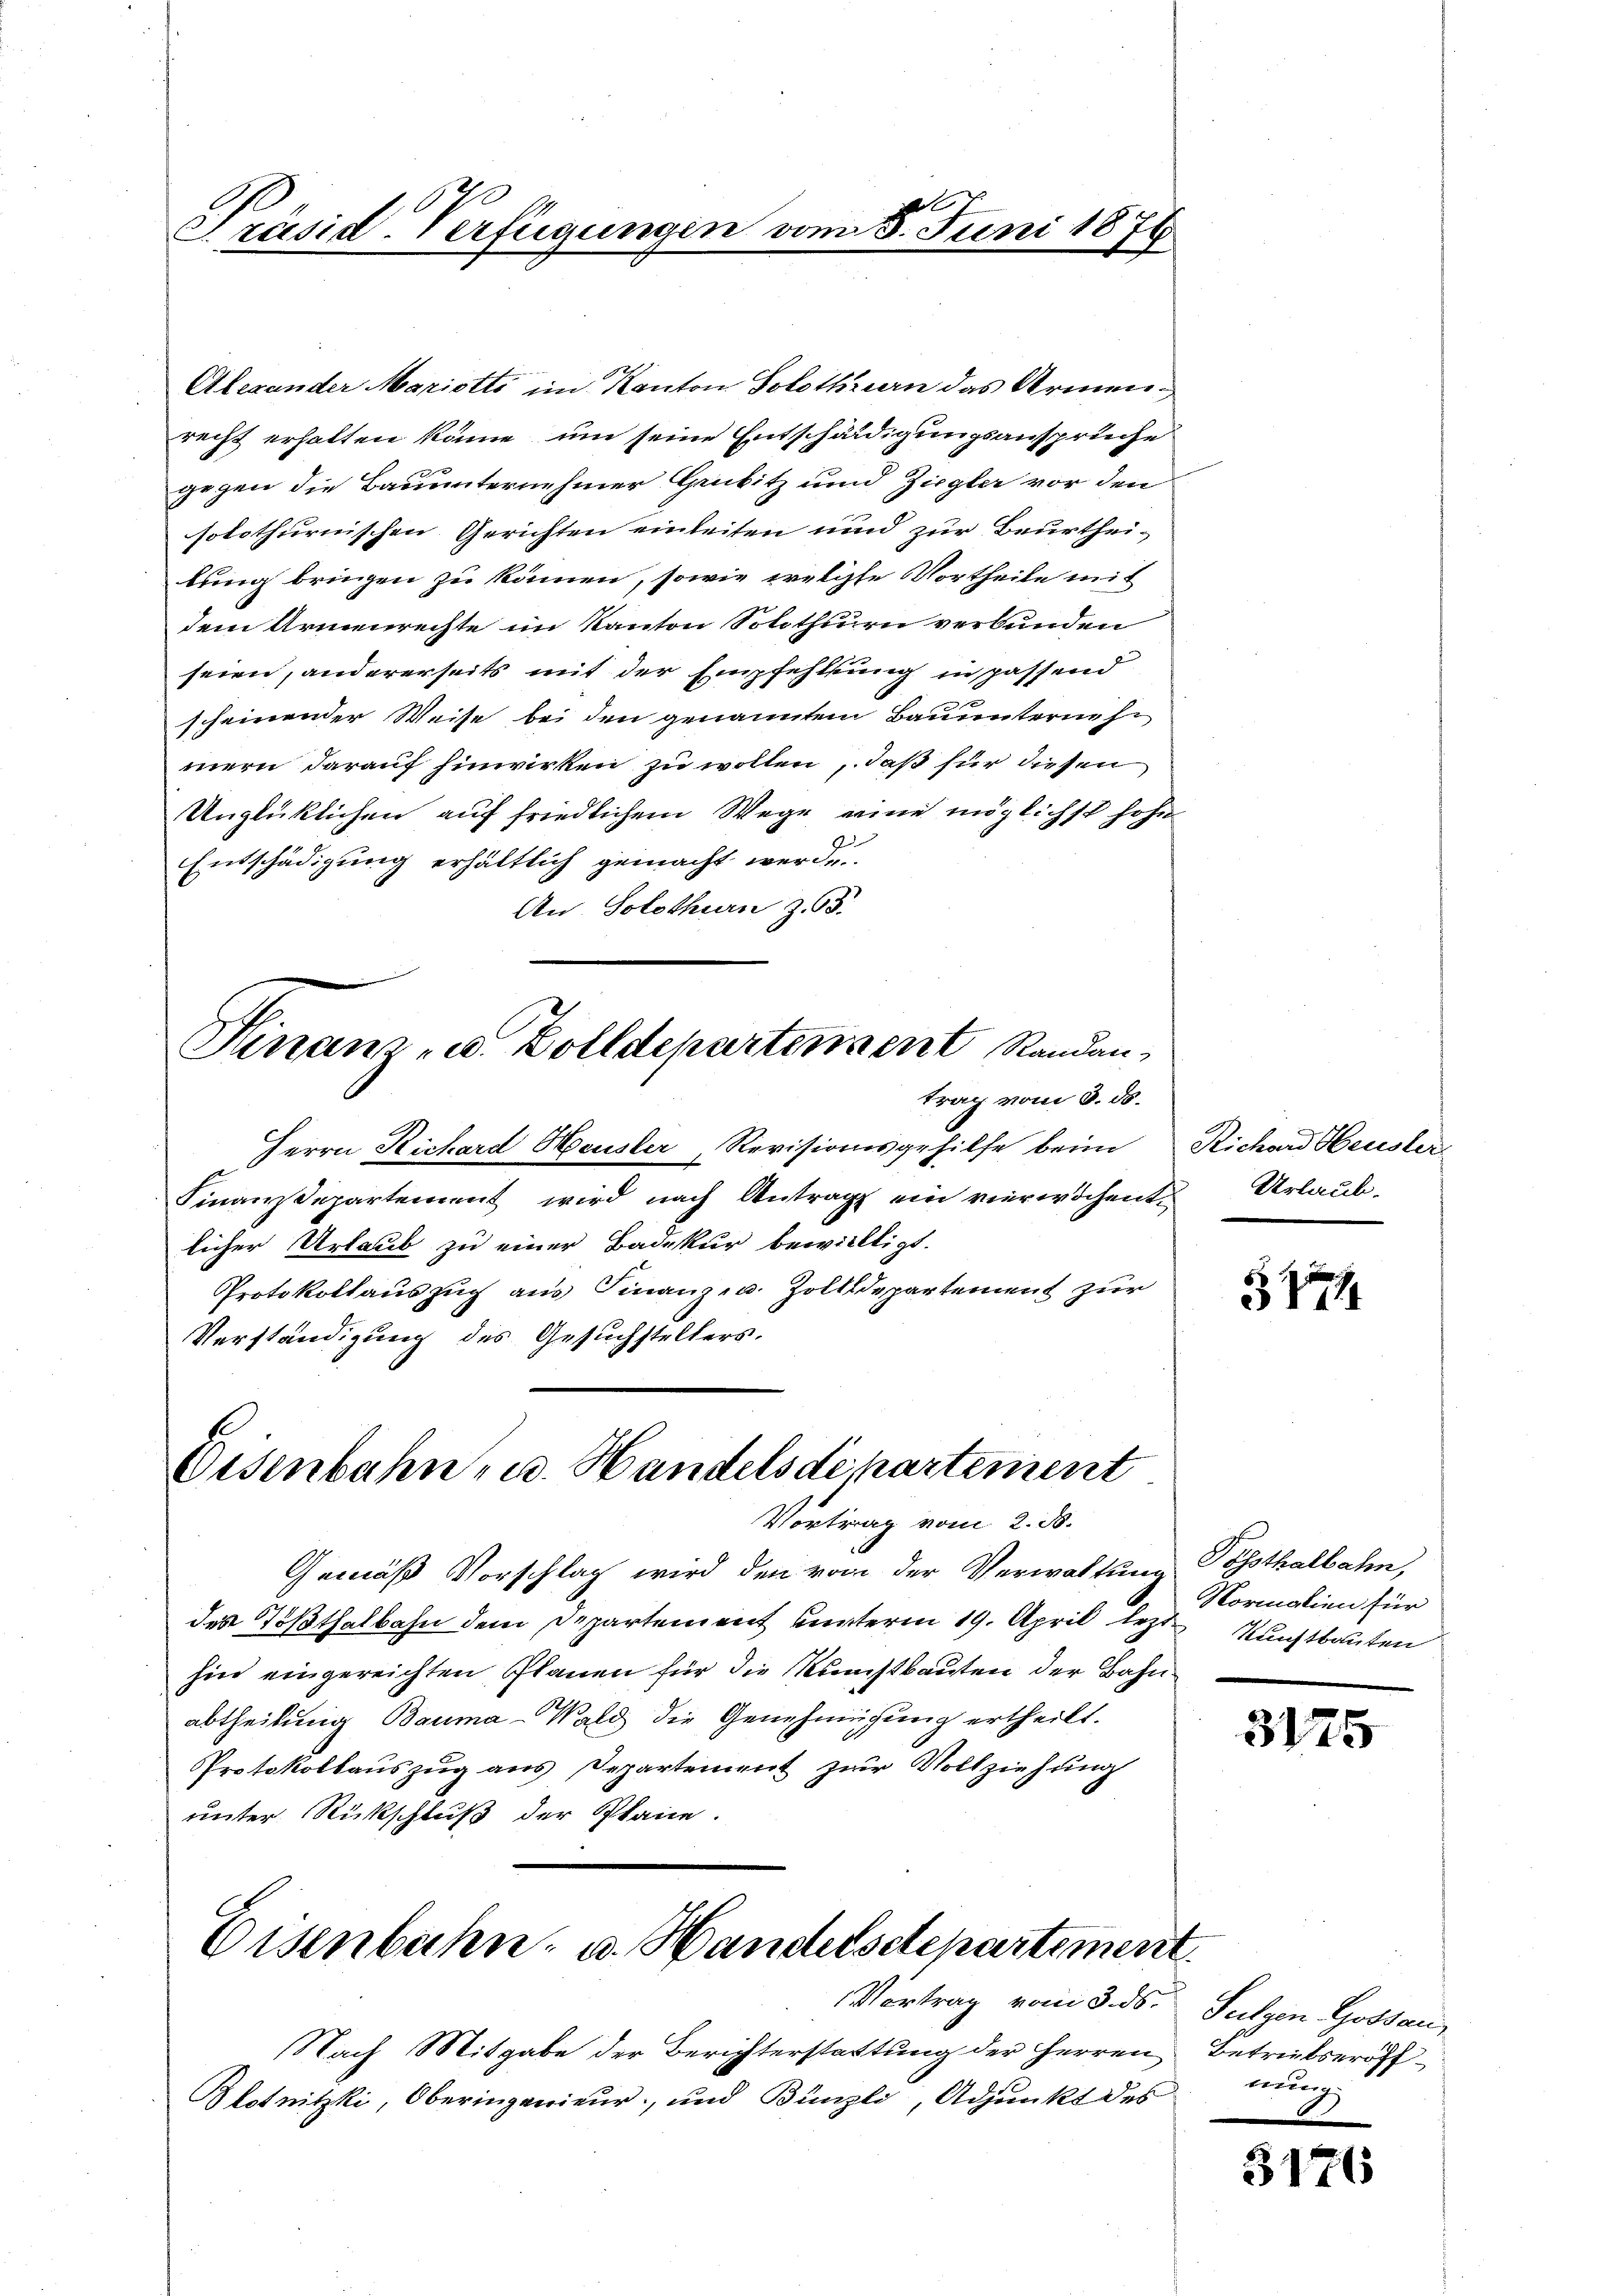
Präsid-Verfügungen vom 8. Juni 1874
2

Alexander Mariotts im Kanton Solothurn das Armenrecht erhalten könne, um seine Entschädigungsanspruche
gegen die Bauunternehmer Genbitz und Ziegler vor den
solothurnischen Gerichten einleiten und zur Beurthei-
lung bringen zu können, sowie welche Vortheile mit
dem Armenrechte im Kanton Solothurn verbunden
seien, andererseits mit der Empfehlung in passend
scheinender Weise bei den genannten Bauunternehmern darauf hinwirken zu wollen, daß für diesen
Unglücklichen auf friedlichem Wege eine möglichst hohe
Entschädigung erhältlich gemacht werde.
An Solothurn z. 58.
Hinanz- u. Zolldepartement Randan
trag vom 3. ds.
Herrn Richard Heusler Revisionsgehilfe beim Richard Heusler
Finansepartement wird nach Antrag ein vierwichentlicher Urlaub zu einer Badekur bewilligt.
Protokollauszug aus Finanz- u. Zolldepartement zur
Verständigung des Gesuchstellers.

Eisenbahn u. Handelsdepartement
Vortrag vom 2. 30.

Eisenbahn, u. Handelschepartement.

Gemäß Vorschlag wird den von der Verwaltung Posthalbahn,
des Tößthalbahn dem Departement unterm 19. April lezt Kunstbauten
hin eingereichten Planen für die Kunstbauten der Bahn
abtheilung Bauma-Wald die Genehmigung ertheilt.
Protokollauszug aus Departement zur Vollziehung
unter Rückschluß der Plane.

Vortrag vom 3. ds. Sulzen Gossau,
Nach Mitgabe der Berichterstattung der Herren Betriebseröff¬
Blotnitzki, Oberingenieur, und Bünzli, Adjunkt des

Urlaub.

314

Normalien für

3175

nŭng

5176